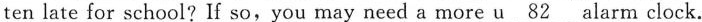
ten late for school? If so,you may need a more _u 82 alarm clock.